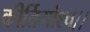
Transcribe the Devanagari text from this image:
कीर्तिमांश्च।।